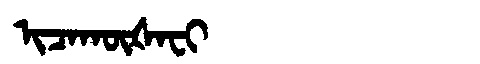
Manchu: ᡳᠴᠠᡴᡡᡧᠠᠸᡳ
Romanization: ICAKŪŠAFI